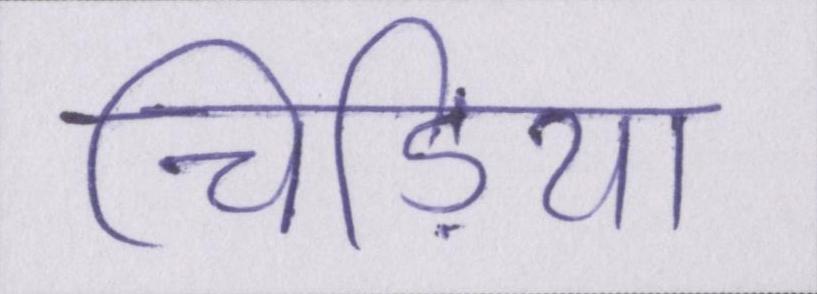
चिड़िया